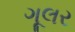
ગૂલર